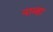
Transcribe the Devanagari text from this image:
नाव्हा